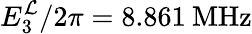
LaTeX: E_{3}^{\mathcal{L}}/2\pi=8.861\: \mathrm{{MHz}}